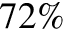
7 2 \%